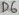
Text: D6